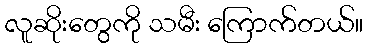
လူဆိုးတွေကို သမီး ကြောက်တယ်။